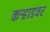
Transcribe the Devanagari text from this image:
कऱ्हाडवर